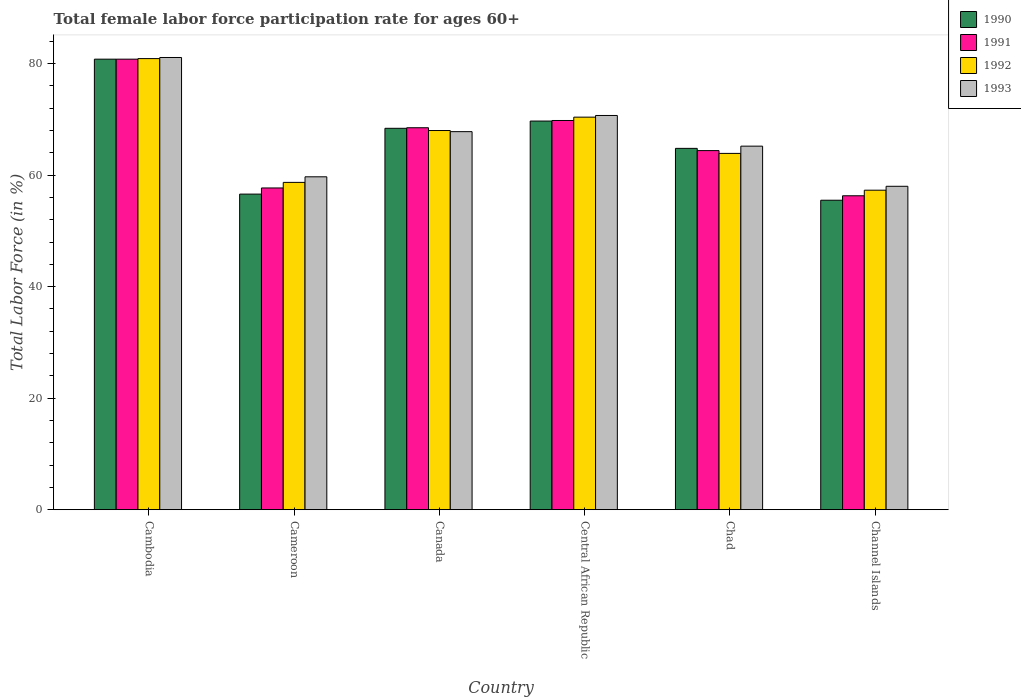
| Country | 1990 | 1991 | 1992 | 1993 |
 | --- | --- | --- | --- | --- |
 | Cambodia | 80.8 | 80.8 | 80.9 | 81.1 |
 | Cameroon | 56.6 | 57.7 | 58.7 | 59.7 |
 | Canada | 68.4 | 68.5 | 68 | 67.8 |
 | Central African Republic | 69.7 | 69.8 | 70.4 | 70.7 |
 | Chad | 64.8 | 64.4 | 63.9 | 65.2 |
 | Channel Islands | 55.5 | 56.3 | 57.3 | 58 |